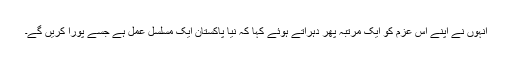
انہوں نے اپنے اس عزم کو ایک مرتبہ پھر دہراتے ہوئے کہا کہ نیا پاکستان ایک مسلسل عمل ہے جسے پورا کریں گے۔